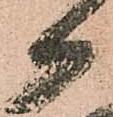
御